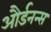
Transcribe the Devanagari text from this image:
और्डनन्स